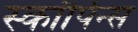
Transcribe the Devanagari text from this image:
स्कॉर्पिन्स